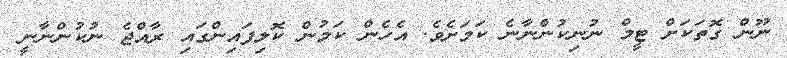
ނޫން ގޮތަކަށް ޓީމް ނުނިކުންނާނެ ކަމަށެވެ. އެހެން ކަމުން ކޮލިފައިންގައި ރާއްޖެ ނުކުންނާނީ